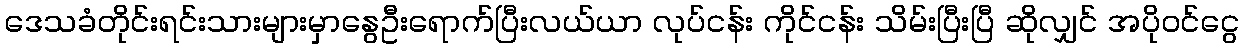
ဒေသခံတိုင်းရင်းသားများမှာနွေဦးရောက်ပြီးလယ်ယာ လုပ်ငန်း ကိုင်ငန်း သိမ်းပြီးပြီ ဆိုလျှင် အပိုဝင်ငွေ